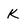
Character: K